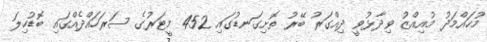
މުހައްމަދު މުއިއްޒު ވިދާޅުވީ ދިއްގަރު ބޭރު ތޮށިގަނޑުގައި 452 މީޓަރުގެ ސަރަހައްދެއްގައި ބޮޑުހިލަ